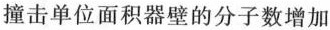
撞击单位面积器壁的分子数增加